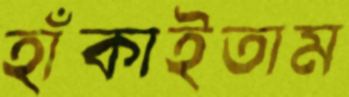
হাঁকাইতাম